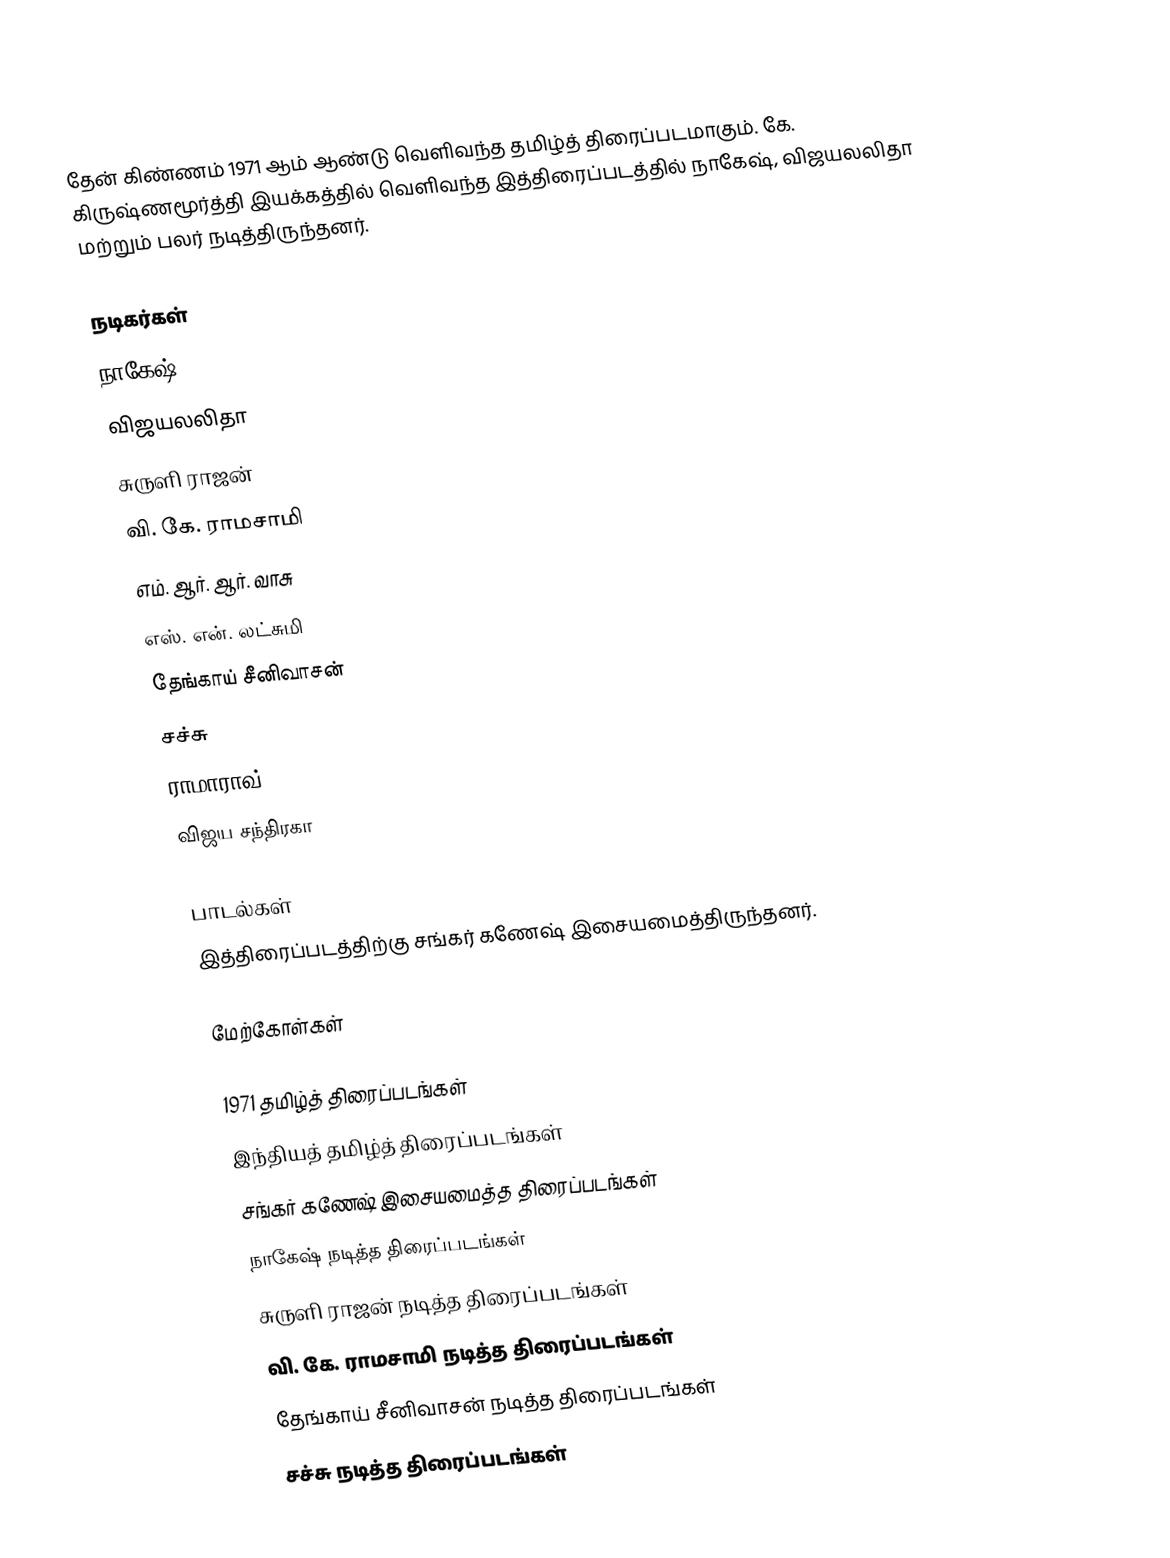
தேன் கிண்ணம் 1971 ஆம் ஆண்டு வெளிவந்த தமிழ்த் திரைப்படமாகும். கே. கிருஷ்ணமூர்த்தி இயக்கத்தில் வெளிவந்த இத்திரைப்படத்தில் நாகேஷ், விஜயலலிதா மற்றும் பலர் நடித்திருந்தனர்.

நடிகர்கள்
 நாகேஷ்
 விஜயலலிதா
 சுருளி ராஜன்
 வி. கே. ராமசாமி
 எம். ஆர். ஆர். வாசு
 எஸ். என். லட்சுமி
 தேங்காய் சீனிவாசன்
 சச்சு
 ராமாராவ்
 விஜய சந்திரகா

பாடல்கள்
இத்திரைப்படத்திற்கு சங்கர் கணேஷ் இசையமைத்திருந்தனர்.

மேற்கோள்கள்

1971 தமிழ்த் திரைப்படங்கள்
இந்தியத் தமிழ்த் திரைப்படங்கள்
சங்கர் கணேஷ் இசையமைத்த திரைப்படங்கள்
நாகேஷ் நடித்த திரைப்படங்கள்
சுருளி ராஜன் நடித்த திரைப்படங்கள்
வி. கே. ராமசாமி நடித்த திரைப்படங்கள்
தேங்காய் சீனிவாசன் நடித்த திரைப்படங்கள்
சச்சு நடித்த திரைப்படங்கள்